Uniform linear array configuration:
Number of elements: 24
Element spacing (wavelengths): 1
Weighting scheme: kaiser
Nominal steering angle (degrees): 45
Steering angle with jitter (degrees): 45.555
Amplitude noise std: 0.05
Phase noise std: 0.05

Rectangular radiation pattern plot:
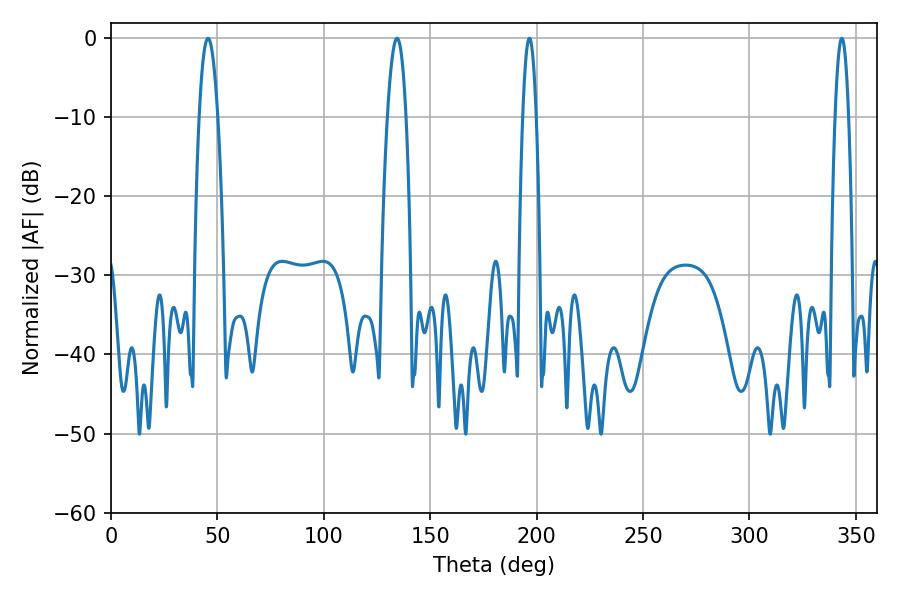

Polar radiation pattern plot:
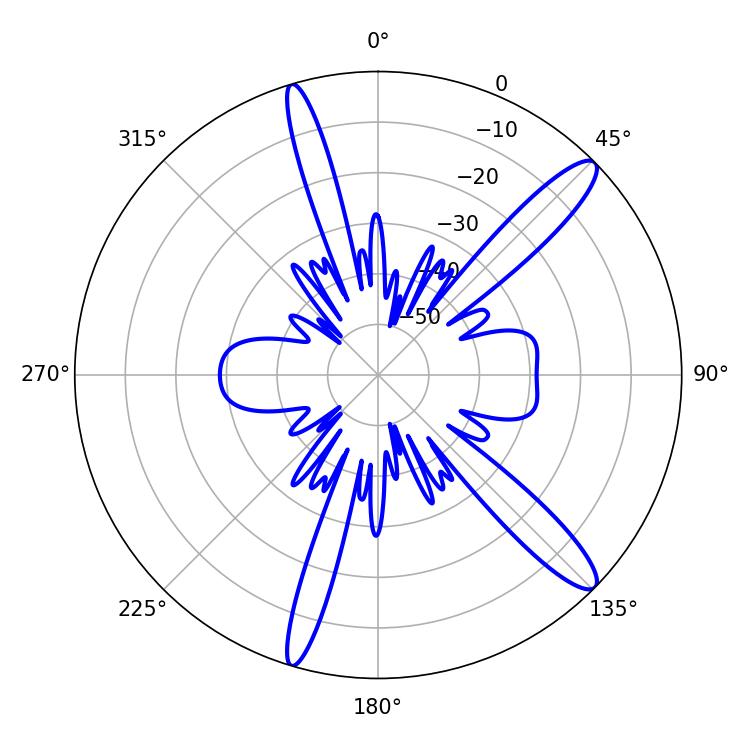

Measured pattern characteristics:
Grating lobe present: TRUE
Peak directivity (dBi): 13.34
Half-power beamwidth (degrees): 4.86
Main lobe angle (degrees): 45.54